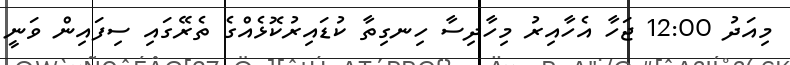
މިއަދު 12:00 ޖަހާ އެހާއިރު މިހާދިސާ ހިނގިތާ ކުޑައިރުކޮޅެއްގެ ތެރޭގައި ސިފައިން ވަނީ